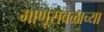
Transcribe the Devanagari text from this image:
माणूसबळाच्या